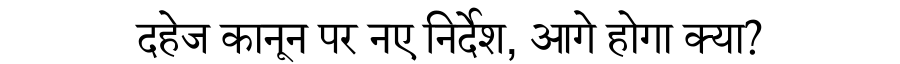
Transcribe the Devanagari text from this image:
दहेज कानून पर नए निर्देश, आगे होगा क्या?